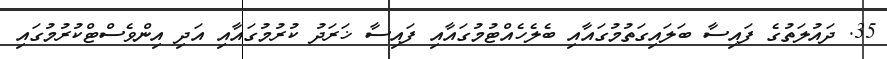
35. ދައުލަތުގެ ފައިސާ ބަލައިގަތުމުގައާއި ބެލެހެއްޓުމުގައާއި ފައިސާ ޚަރަދު ކުރުމުގައާއި އަދި އިންވެސްޓްކުރުމުގައި